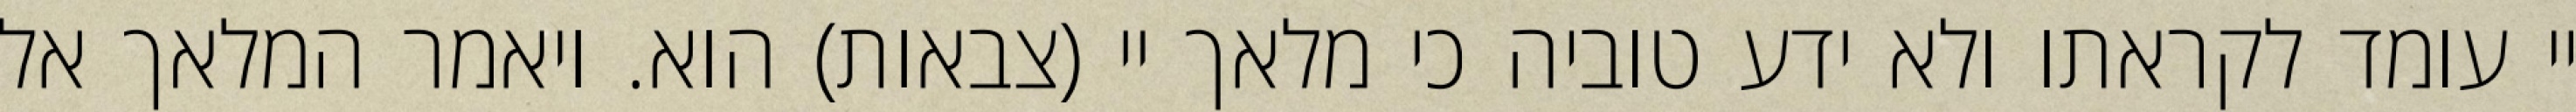
יי עומד לקראתו ולא ידע טוביה כי מלאך יי (צבאות) הוא. ויאמר המלאך אל